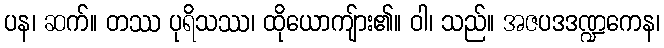
ပန၊ ဆက်။ တဿ ပုရိသဿ၊ ထိုယောကျ်ား၏။ ဝါ၊ သည်။ အဇပဒဒဏ္ဍကေန၊